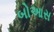
બોઆસ